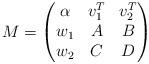
LaTeX: \begin{align*} M = \left( \begin{matrix} \alpha & v_1^T & v_2^T \\w_1 & A & B \\w_2 & C & D \end{matrix} \right) \end{align*}